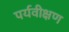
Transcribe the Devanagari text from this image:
पर्यवीक्षण